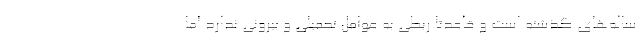
ساله‌های گذشته است و قاعدتاً ربطی به عوامل تحمیلی و بیرونی ندارد اما